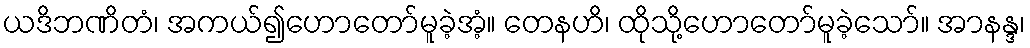
ယဒိဘဏိတံ၊ အကယ်၍ဟောတော်မူခဲ့အံ့။ တေနဟိ၊ ထိုသို့ဟောတော်မူခဲ့သော်။ အာနန္ဒ၊